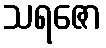
သရဇော